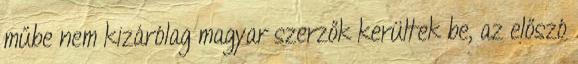
műbe nem kizárólag magyar szerzők kerültek be, az előszó